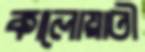
কালোয়াতী